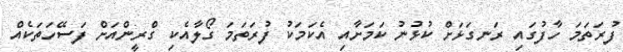
ފުރަތަމަ ހާފުގައި ރަނގަޅަށް ކުޅުނު ކަމަށާއި އެކަމަކު ފުރަތަމަ ގޯލާއެކި ގްރީންއަށް ފަސޭހަތަކެއް